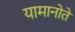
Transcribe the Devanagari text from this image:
यामानोते